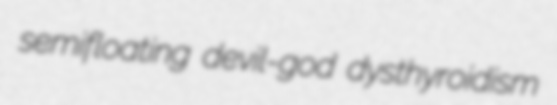
semifloating devil-god dysthyroidism